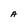
Character: A